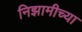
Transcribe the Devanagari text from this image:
निझामीच्या